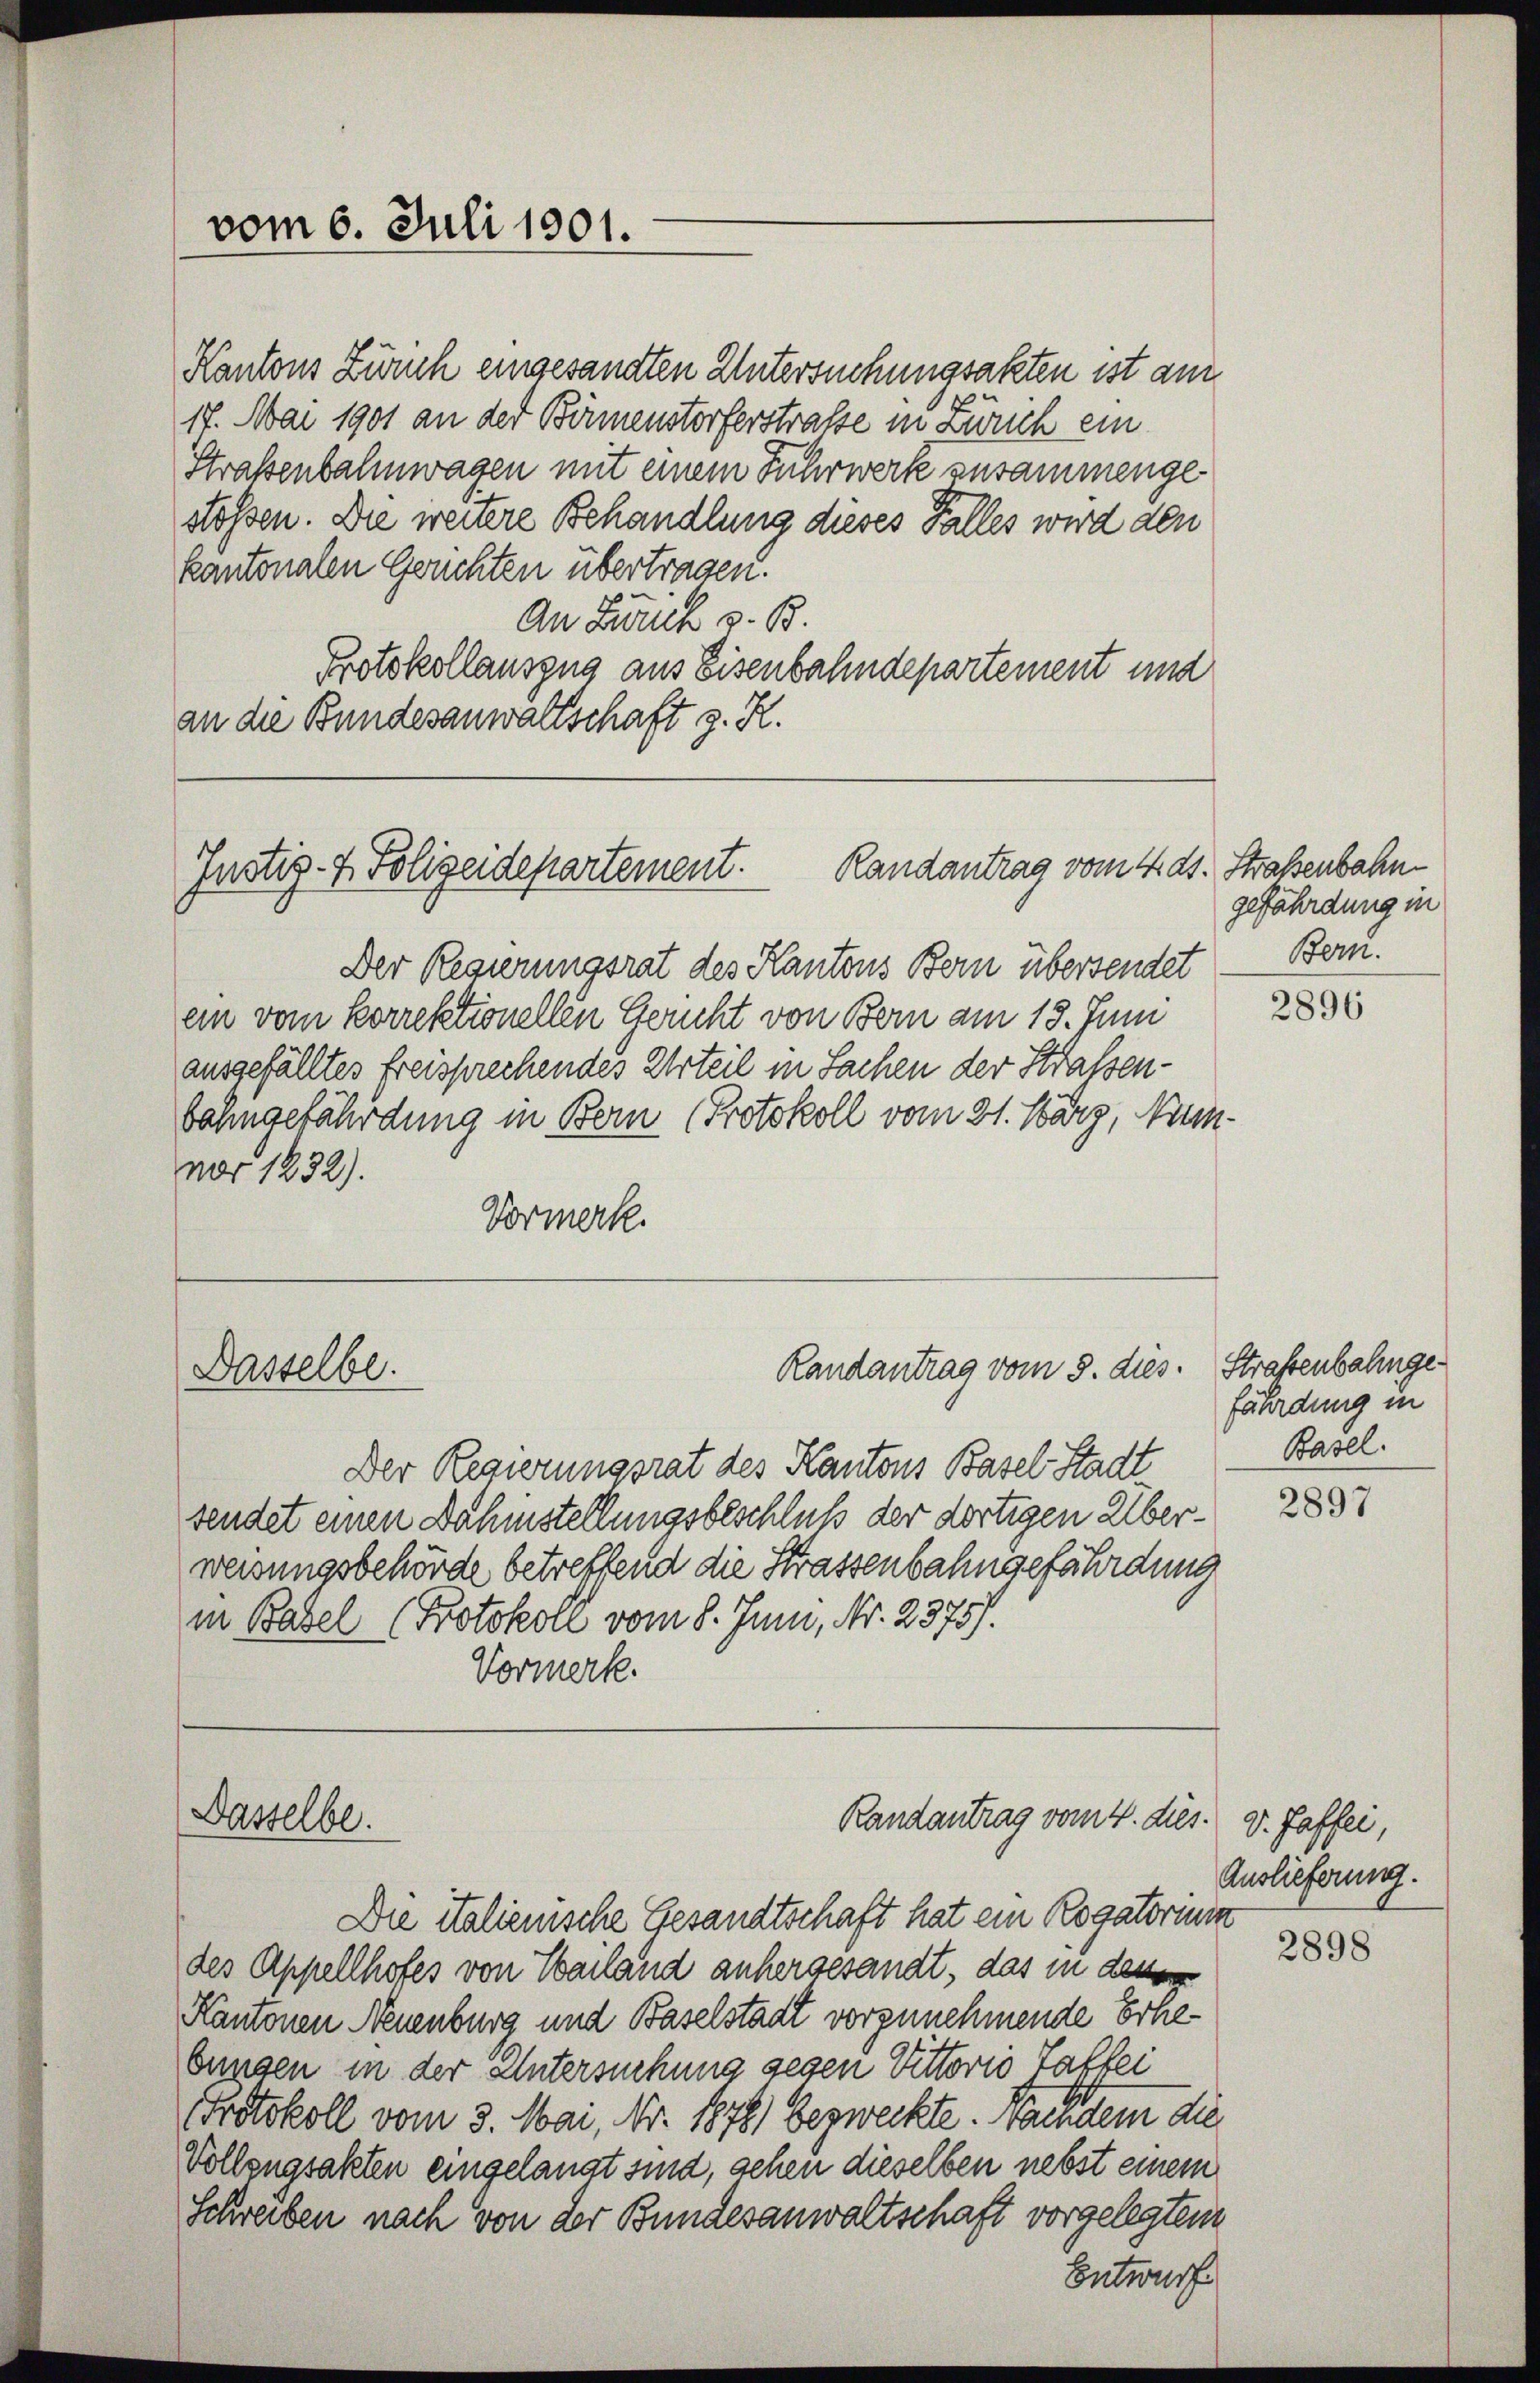
vom 6. Juli 1901.

Kantons Zürich eingesandten Untersuchungsakten ist am
17. Mai 1901 an der Bönnenstorferstraße in Zürich ein
Straßenbahnwagen mit einem Fuhrwerk zusammengestoßen. Die weitere Behandlung dieses Falles wird den
kantonalen Geruchten übertragen.
An Lanck z. B.
Protokollauszug aus Eisenbahndepartement und
an die Bundesanwaltschaft z. R.

Randantrag vom 4. ds. Straßenbahn
Justiz- & Polizeidepartement.

Dasselbe.

Dasselbe.

Randantrag vom 8. dies. Straßenbahnge¬

Randantrag vom 4. dies.

Suter

Der Regierungsrat des Kantons Bern übersendet Bern.
ein vom korrektionellen Gericht von Bern am 13. Juni
ausgefälltes freisprechendes Urteil in Sachen der Straßenbahngefährdung in Bern (Protokoll vom 21. März, Numnar 1832).
Vormerk.

Der Regierungsrat des Kantons Basel-Stadt
sendet einen Dahmstellungsbeschluß der dortigen Überweisungsbehörde betreffend die Strassenbahngefährdung
in Basel (Protokoll vom 8. Juni, Nr. 2375/.
Vormerk.

Die italienische Gesandtschaft hat ein Rogatorium
des Appellhofes von Eberland anhergesandt, das in denen
Kantonen Neuenburg und Baselstadt vorzunehmende Erhebungen in der Untersuchung gegen Vittoris Taflei
Protokoll vom 3. Mai, Nr. 1878) bezweckte. Nachdem die
Vollzugsakten eingelangt sind, gehen dieselben nebst einem
Schreiben nach von der Bundesanwaltschaft vorgelegten

gefährdung in

2896

fährdung in
Basel.

2897

v. Passei,
Auslieferung.

2898